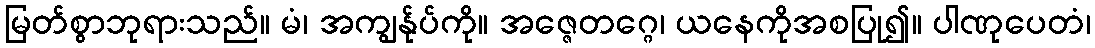
မြတ်စွာဘုရားသည်။ မံ၊ အကျွန်ုပ်ကို။ အဇ္ဇေတဂ္ဂေ၊ ယနေကိုအစပြု၍။ ပါဏုပေတံ၊